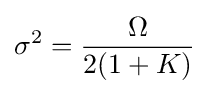
\sigma ^{2}={\frac {\Omega }{2(1+K)}}